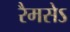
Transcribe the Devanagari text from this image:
रैमसेऽ